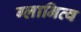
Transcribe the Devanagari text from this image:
ग्लानित्व